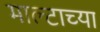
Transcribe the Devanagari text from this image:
माल्टाच्या